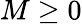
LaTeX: M\geq 0